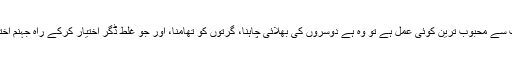
اللہ رب العزت کو اس روئے زمین پر اگر سب سے محبوب ترین کوئی عمل ہے تو وہ ہے دوسروں کی بھلائی چاہنا، گرتوں کو تھامنا، اور جو غلط ڈگر اختیار کرکے راہ جہنم اختیار کئے ہوئے ہیں ان کو جنت کی دعوت دینا۔